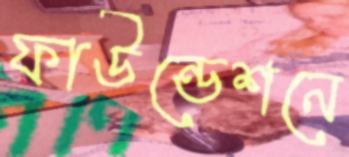
ফাউন্ডেশনে